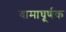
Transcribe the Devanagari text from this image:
वामाघूर्णक